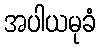
အပါယမုခံ